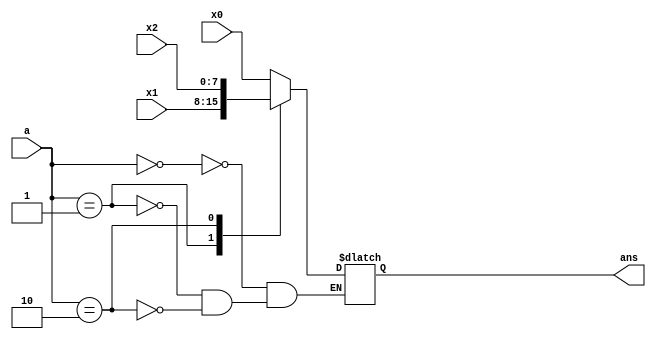
`timescale 1ns / 1ps

module mux_31(
    input [1:0] a,
    input [7:0] x0,
    input [7:0] x1,
    input [7:0] x2,
    output reg [7:0] ans
    );
    
    always@ (a) begin
        case(a)
            2'd0: ans = x0;
            2'd1: ans = x1;
            2'd2: ans = x2;
        endcase
    end
endmodule